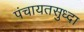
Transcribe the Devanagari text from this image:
पंचायतसुध्दा